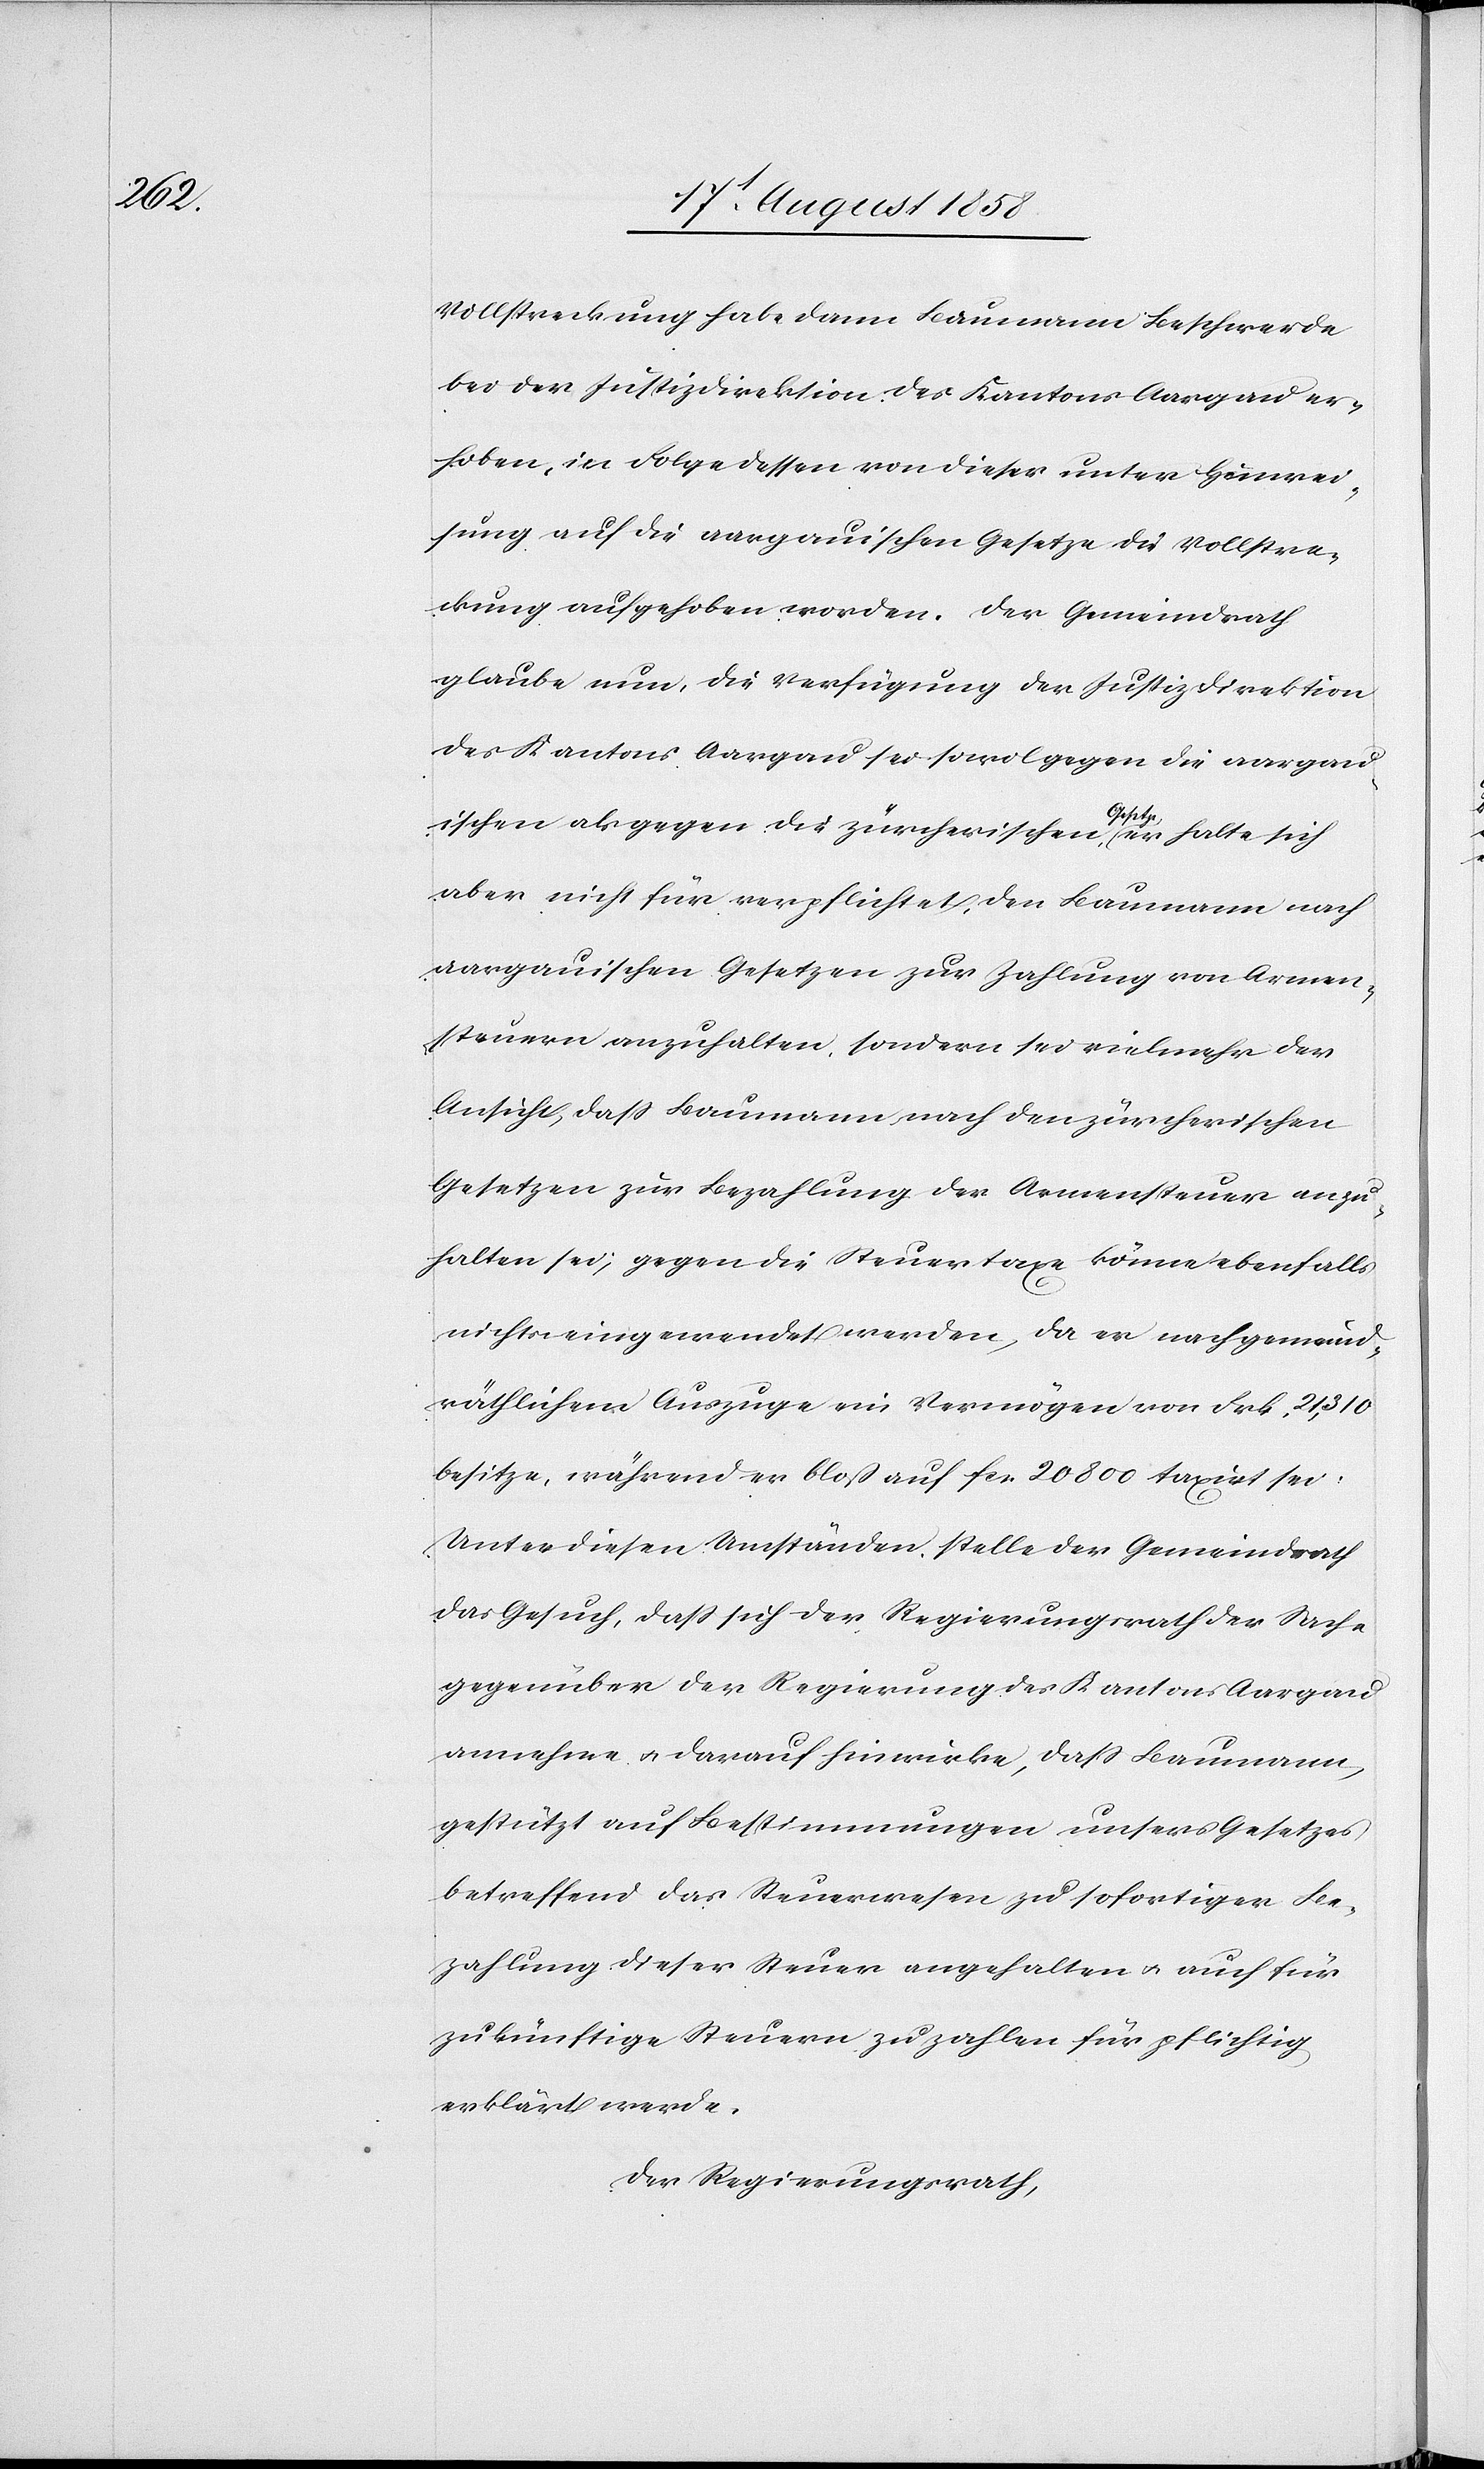
Vollstreckung habe dann Baumann Beschwerde
bei der Justizdirektion des Kantons Aargau er¬
hoben, in Folge dessen von dieser unter Hinwei¬
sung auf die aargauischen Gesetze die Vollstre¬
ckung aufgehoben worden. Der Gemeindrath
glaube nun, die Verfügung der Justizdirektion
des Kantons Aargau sei sowol gegen die aargau¬
ischen als gegen die zürcherischen Gesetze, er halte sich
aber nicht für verpflichtet, den Baumann nach
aargauischen Gesetzen zur Zahlung von Armen¬
steuern anzuhalten, sondern sei vielmehr der
Ansicht, dass Baumann nach den zürcherischen
Gesetzen zur Bezahlung der Armensteuer anzu¬
halten sei; gegen die Steuertaxe könne ebenfalls
nichts eingewendet werden, da er nach gemeind¬
räthlichem Auszuge ein Vermögen von Frk. 21,310
besitze, während er bloß auf fcs. 20 800 taxirt sei.
Unter diesen Umständen stelle der Gemeindrath
das Gesuch, dass sich der Regierungsrath der Sache
gegenüber der Regierung des Kantons Aargau
annehme & darauf hinwirke, dass Baumann,
gestützt auf Bestimmungen unsers Gesetzes
betreffend das Steuerwesen zu sofortiger Be¬
zahlung dieser Steuer angehalten & auch für
zukünftige Steuern zu zahlen für pflichtig
erklärt werde.
Der Regierungsrath,